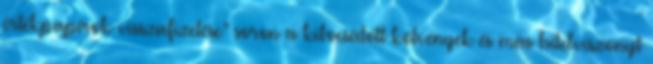
értékpapírok visszafizetése” soron a kibocsátott kötvények és más hitelviszonyt